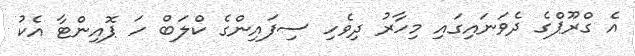
އެ ގްރޫޕްގެ ދެވަނައިގައި މިހާރު ދިވެހި ސިފައިންގެ ކްލަބް ހަ ޕޮއިންޓާ އެކު